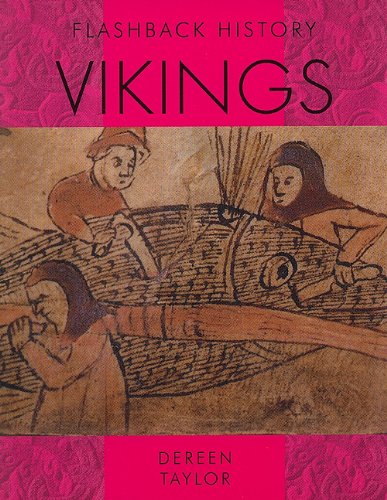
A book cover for Vikings (Flashback History); Dereen Taylor; Children's Books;